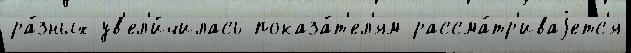
ра́зных ув'ел'и́чилась показа́т'ел'ям рассма́тр'иваjетс'я